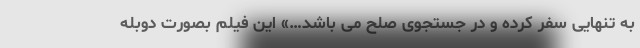
به تنهایی سفر کرده و در جستجوی صلح می باشد…» این فیلم بصورت دوبله